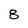
Character: 8